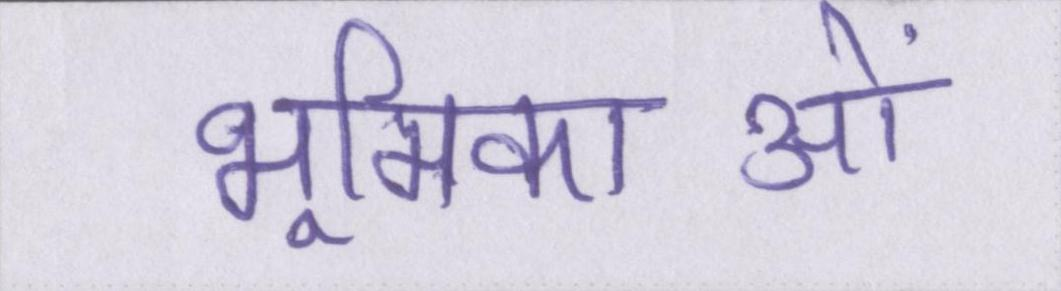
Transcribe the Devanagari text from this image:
भूमिकाओं